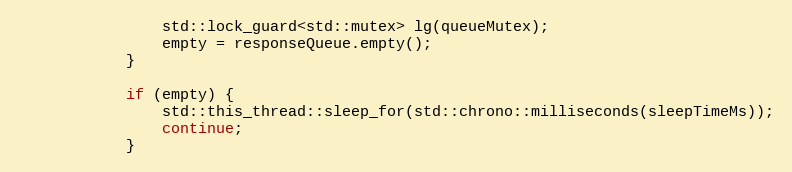
Language: C++
                std::lock_guard<std::mutex> lg(queueMutex);
                empty = responseQueue.empty();
            }

            if (empty) {
                std::this_thread::sleep_for(std::chrono::milliseconds(sleepTimeMs));
                continue;
            }